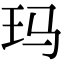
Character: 玛